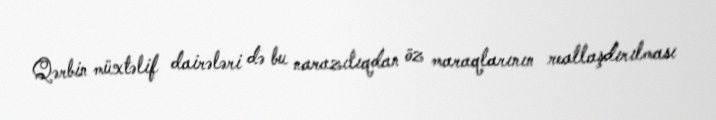
Qərbin müxtəlif dairələri də bu narazılıqdan öz maraqlarının reallaşdırılması